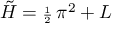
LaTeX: { \tilde { { \cal H } } } = { \scriptstyle \frac { 1 } { 2 } } \, \pi ^ { 2 } + { \cal L }